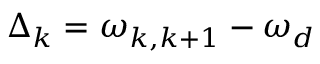
\Delta _ { k } = \omega _ { k , k + 1 } - \omega _ { d }